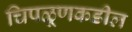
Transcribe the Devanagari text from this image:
चिपळूणकडील